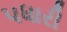
પધારી